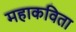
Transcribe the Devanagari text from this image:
महाकविता